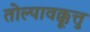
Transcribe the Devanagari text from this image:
तोल्पावक्कूत्तु